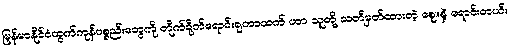
မြန်မာနိုင်ငံထွက်ကုန်ပစ္စည်းတွေကို တိုက်ရိုက်ရောင်းချတာထက် ဟာ သူတို့ သတ်မှတ်ထားတဲ့ ဈေးနဲ့ ရောင်းတယ်။